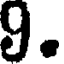
9.